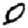
Digit: 0